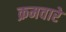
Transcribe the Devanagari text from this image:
क्रमवारे